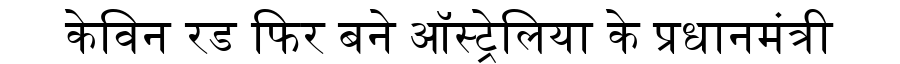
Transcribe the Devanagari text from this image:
केविन रड फिर बने ऑस्ट्रेलिया के प्रधानमंत्री